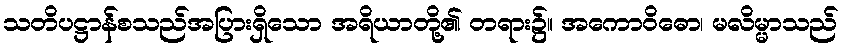
သတိပဋ္ဌာန်စသည်အပြားရှိသော အရိယာတို့၏ တရား၌။ အကောဝိဓော၊ မလိမ္မာသည်